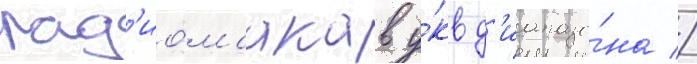
рад'иомаакав у́кв д'иапазо́на //